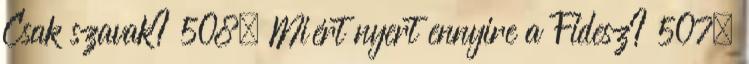
Csak szavak? 508. Miért nyert ennyire a Fidesz? 507.